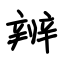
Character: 辨